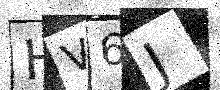
Text: HV6J